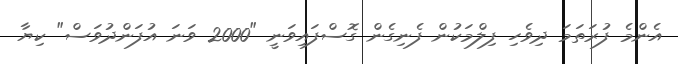
އެންމެ ފުރަތަމަ ދިވެހި ފިލްމަކުން ފެނިގެން ގޮސްފައިވަނީ "2000 ވަނަ އުފަންދުވަސް" ކިޔާ